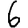
Digit: 6